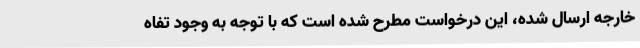
خارجه ارسال شده، این درخواست مطرح شده است که با توجه به وجود تفاه